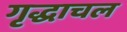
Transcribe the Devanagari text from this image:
गृद्धाचल